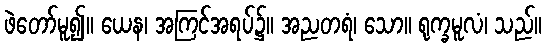
ဖဲတော်မူ၍။ ယေန၊ အကြင်အရပ်၌။ အညတရံ၊ သော။ ရုက္ခမူလံ၊ သည်။